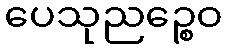
ပေသုညဉ္စေဝ